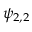
\psi _ { 2 , 2 }